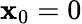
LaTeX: \mathbf{x}_{0}=0